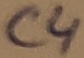
Text: C4